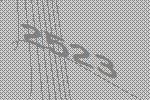
2523